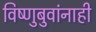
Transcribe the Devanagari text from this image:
विष्णुबुवांनाही